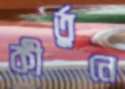
কীর্তুনে